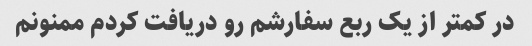
در کمتر از یک ربع سفارشم رو دریافت کردم ممنونم